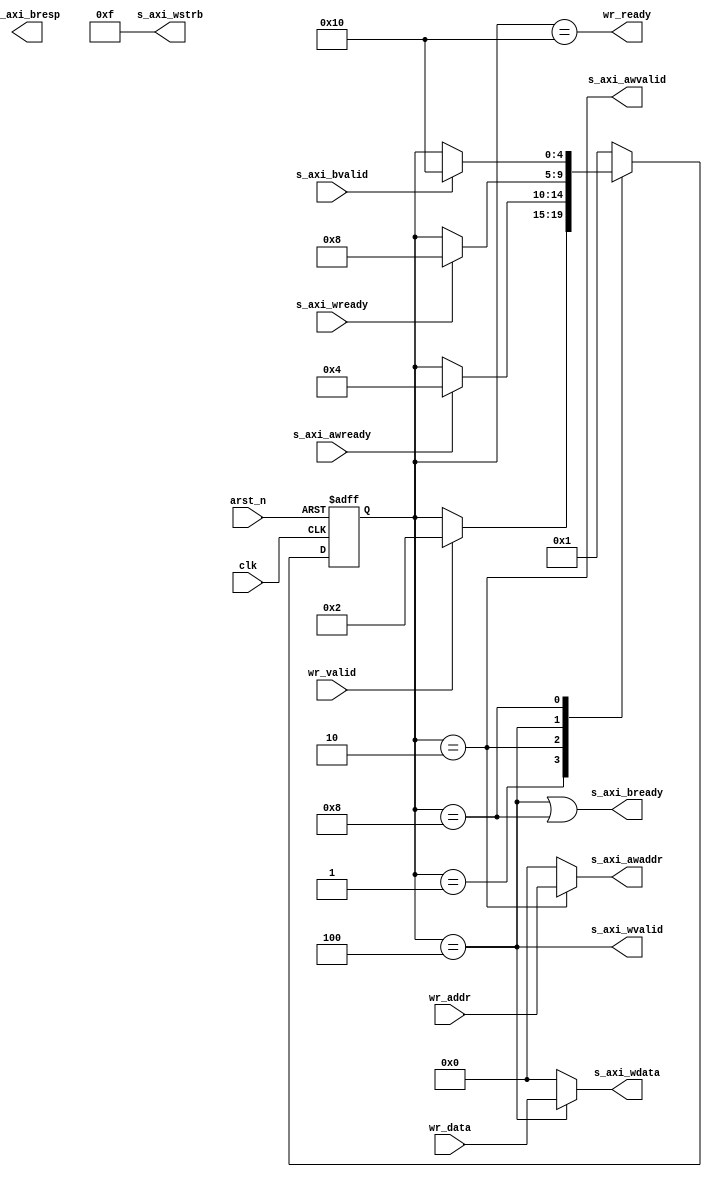

module axi4_lite_wr (
// User Interface
input	[31:0]	wr_addr,
input	[31:0]	wr_data,
input			wr_valid,
output			wr_ready,

// AXI4-Lite Write Interface, reverse direction wrt. AXI device slave side			


output	[31:0]		s_axi_awaddr		,    // input wire [31 : 0] s_axi_awaddr
output				s_axi_awvalid	,  // input wire s_axi_awvalid
input				s_axi_awready	,  // output wire s_axi_awready
output	[31:0]		s_axi_wdata		,      // input wire [31 : 0] s_axi_wdata
output 	[3:0] 		s_axi_wstrb		,      // input wire [3 : 0] s_axi_wstrb
output 				s_axi_wvalid		,    // input wire s_axi_wvalid
input 				s_axi_wready		,    // output wire s_axi_wready
output 	[1:0] 		s_axi_bresp		,      // output wire [1 : 0] s_axi_bresp
input 				s_axi_bvalid		,    // output wire s_axi_bvalid
output 				s_axi_bready		,    // input wire s_axi_bready

// Clock and reset
input				clk,
input				arst_n


);

// State machine declaration
localparam 
		SM_IDLE		= 5'b00001,
		SM_WR_ADDR 	= 5'b00010,
		SM_WR_DATA 	= 5'b00100,
		SM_WAIT_ACK = 5'b01000,
		SM_WR_DONE 	= 5'b10000
		;

// State machine transition
reg [4:0] current_state;

always@(posedge clk or negedge arst_n) begin
	if (arst_n == 1'b0)
		current_state <= SM_IDLE;
	else begin
		case (current_state)
			SM_IDLE:
				if (wr_valid == 1'b1)
					current_state <= SM_WR_ADDR;
			SM_WR_ADDR:
				if (s_axi_awready == 1'b1)
					current_state <= SM_WR_DATA;
			SM_WR_DATA:
				if (s_axi_wready == 1'b1)
					current_state <= SM_WAIT_ACK;
			SM_WAIT_ACK:
				if (s_axi_bvalid == 1'b1)
					current_state <= SM_WR_DONE;
			SM_WR_DONE:
				current_state <= SM_IDLE;
			default:
				current_state <= SM_IDLE;
		endcase
	end
	
	
end

// State machine flag
wire current_state_is_SM_IDLE 		= (current_state == SM_IDLE);
wire current_state_is_SM_WR_ADDR  	= (current_state == SM_WR_ADDR );
wire current_state_is_SM_WR_DATA  	= (current_state == SM_WR_DATA );
wire current_state_is_SM_WAIT_ACK 	= (current_state == SM_WAIT_ACK);
wire current_state_is_SM_WR_DONE  	= (current_state == SM_WR_DONE );

// State machine output

// wr_ready
assign wr_ready = (current_state_is_SM_WR_DONE);

// s_axi_awaddr (32bit)
assign s_axi_awaddr = (current_state_is_SM_WR_ADDR)? wr_addr : 32'h0;

// s_axi_awvalid
assign s_axi_awvalid = current_state_is_SM_WR_ADDR;

// s_axi_wdata (32bit)
assign s_axi_wdata = (current_state_is_SM_WR_DATA)? wr_data : 32'h0;

// s_axi_wstrb
assign s_axi_wstrb = 4'b1111;

// s_axi_wvalid
assign s_axi_wvalid = current_state_is_SM_WR_DATA;

//s_axi_bresp
// ?

//s_axi_bready
assign s_axi_bready = current_state_is_SM_WR_DATA | current_state_is_SM_WAIT_ACK;

endmodule